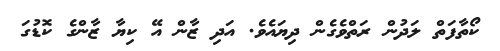
ކޯތާފަތް ލަދުން ރަތްވެގެން ދިޔައެވެ. އަދި ޒާން އޭ ކިޔާ ޒާންގެ ކޮޑުގަ